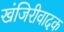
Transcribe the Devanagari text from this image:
खंजिरीवादक